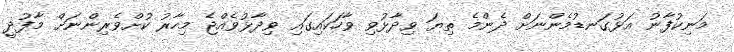
މަނިކުފާނު އަޅުގަނޑުމެންނަށް ދެންމެ ތިޔަ ވިދާޅުވި ވާހަކައިގައި ވިދާޅުވެއްޖެ މިހާރު ކުށްވެރިންނަށް މާފުދީ